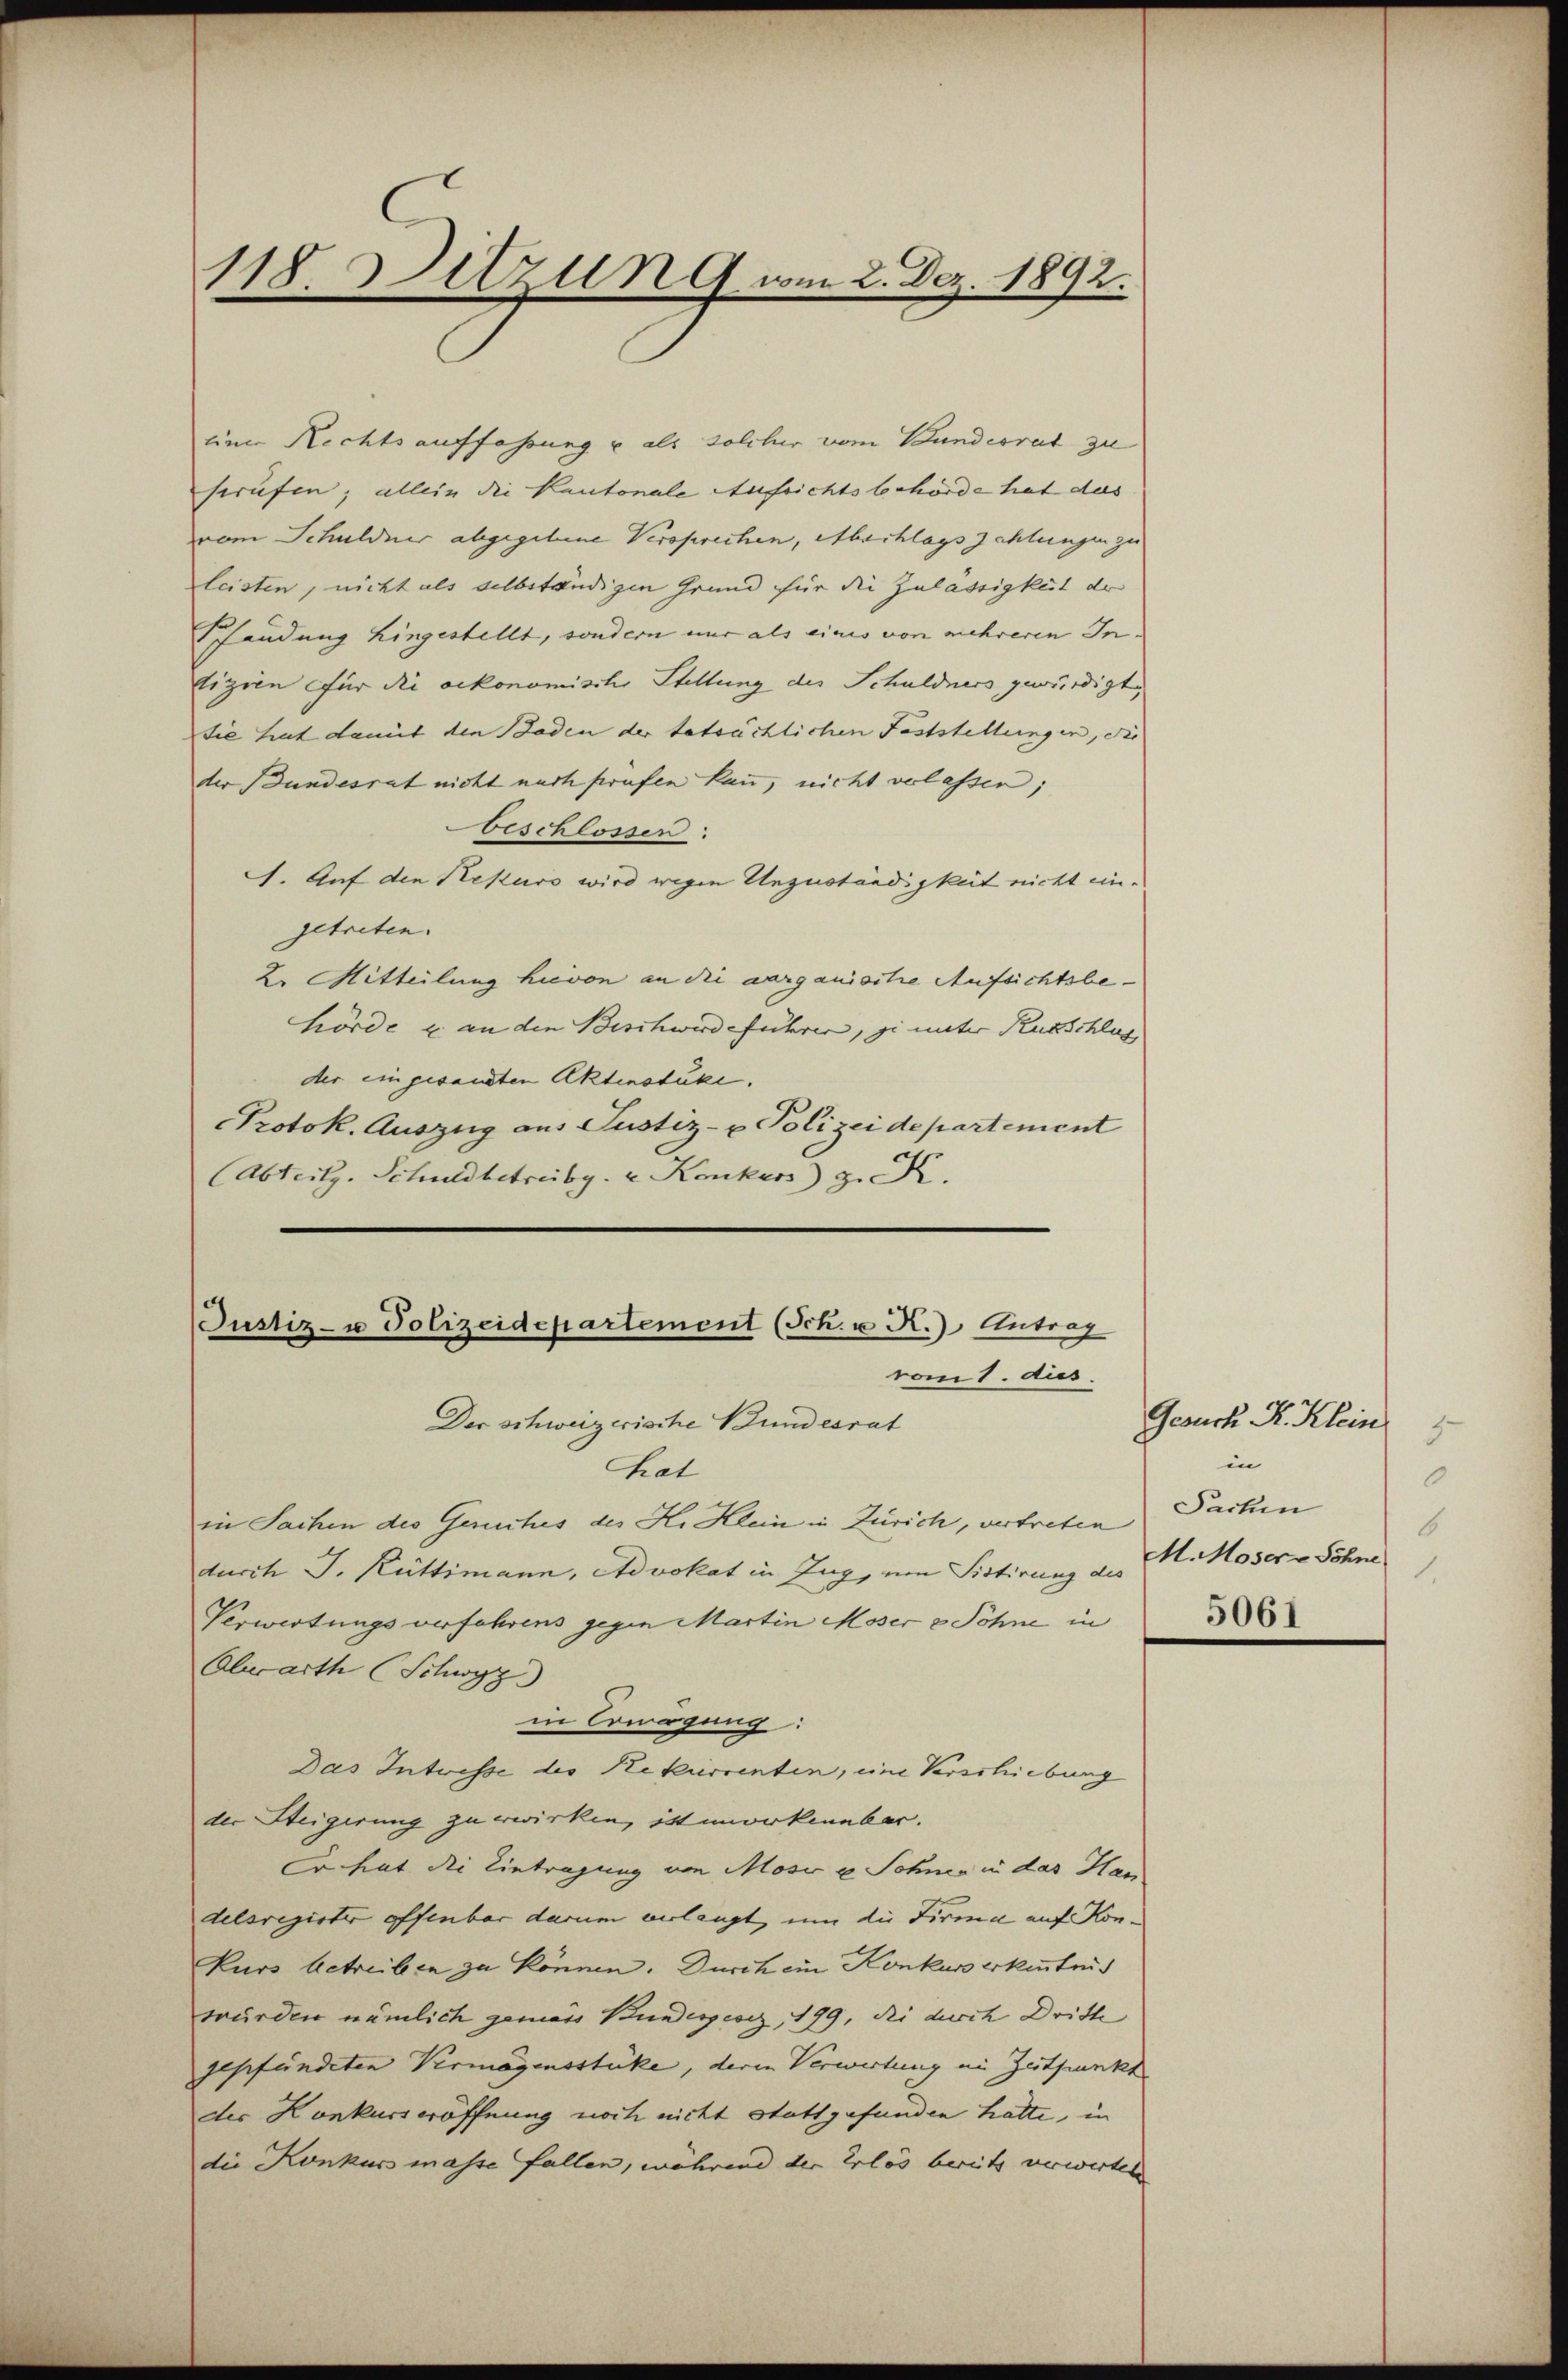
118. Sitzung vom 2. Dez. 1892.

eine Rechtsauffassung u als solcher vom Bundesrat zu
srufen; allein die Kantonale Aufrichtsbehörde hat ders
vom Schuldner abgegebene Versprechen, Abschlagszahlungen zu
leisten, nicht als selbständigen Grund für die Zulassigkeit der
fandung hingestellt, sondern nur als einis von mehreren Intizien für die oekonomische Stellung des Schuldners gewürdigt
die hat damit den Baden der beträchlichen Feststellungen, die
der Bundesrat nicht nach prüfen kann, nicht verlassen;
beschlossen:
S. Auf den Rekurs wird wegen Unzuständigkeit nicht eine
getreten.
2. Mitteilung hievon an die aarganisite Aufsichtsbe-
hörde u. an den Beschwerdeführen, si unter Rutschlag
der eingesandten Aktenstuke.
Protok. Auszug aus Justiz- u Polizei de partement
(Abteilz. Schuldbetreibg. u. Konkurs z. K.

Justiz- u Polizeidepartement (Sch. u R.) Antrag
vom 1. dies
Der schweizerische Bundesrat

hrat
in Sachen des Geruches des K. Klein in Zürich, vertreten
durch J. Rüttimann, Advokat in Zug, um Sistirung des
Verwertungsverfahrens gegen Martin Moser & Söhne in
Oberarth Schwyz
in Erwägung:
Das Intrisse des Rekurrenten, im Verschiebung
der Steigerung zu erwirken, istmorkennbar.
Cochat die Eintragung von Mosi u. Schnee in das Handelsregister offenbar darum verlangt, um die Firma auf Kon¬
Kurs betreiben zu können. Durch ein Konkurs erkenntnis
wurden nämlich gemäss Bundesgesez, 199, die durch Dritte
gepfändeten Vermögensstücke, deren Verwartung in Zeitpunkt
des Konkurseröffnung noch nicht stattgefunden hatte, in
die Konkurs masse fallen, während der Erlös bereits verwerten

Gesuch R. Klein
3
in
.
Sachen
6
M. Mosere Söhne
1.
5061